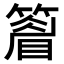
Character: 𥴔